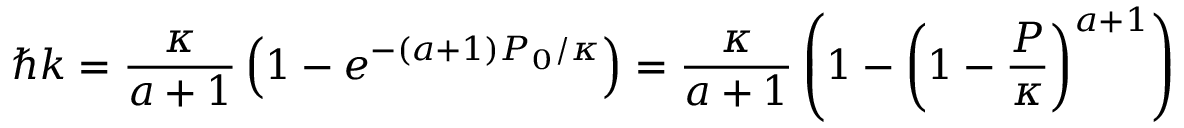
\hbar k = \frac { \kappa } { a + 1 } \left( 1 - e ^ { - ( a + 1 ) P _ { 0 } / \kappa } \right) = \frac { \kappa } { a + 1 } \left( 1 - \left( 1 - \frac P \kappa \right) ^ { a + 1 } \right)